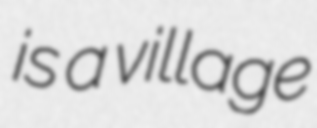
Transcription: is a village